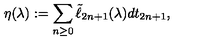
\eta ( \lambda ) : = \sum _ { n \geq 0 } \tilde { \ell } _ { 2 n + 1 } ( \lambda ) d t _ { 2 n + 1 } ,